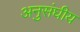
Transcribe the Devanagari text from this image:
अनुसंघीय